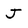
Character: J